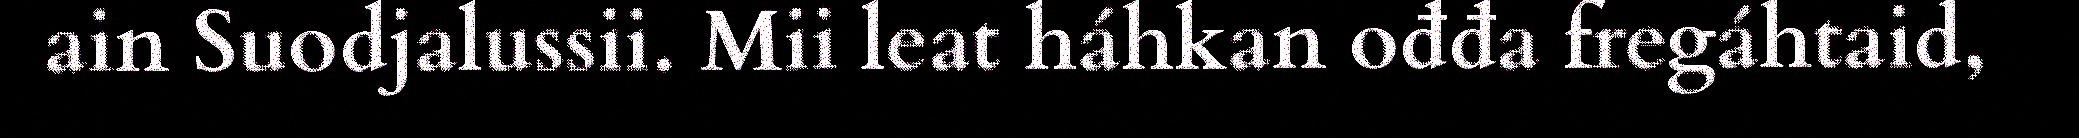
ain Suodjalussii. Mii leat háhkan ođđa fregáhtaid,